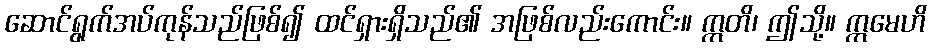
ဆောင်ရွက်အပ်ကုန်သည်ဖြစ်၍ ထင်ရှားရှိသည်၏ အဖြစ်လည်းကောင်း။ ဣတိ၊ ဤသို့။ ဣမေဟိ